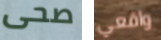
صحى واقعي